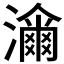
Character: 𤁶